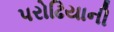
પરોઢિયાની